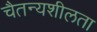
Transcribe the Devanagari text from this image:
चैतन्यशीलता